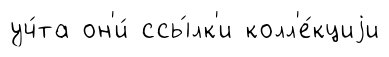
уч́та он'и́ ссы́лк'и колл'е́кциjи